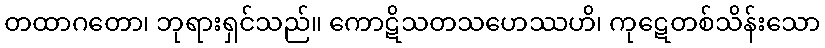
တထာဂတော၊ ဘုရားရှင်သည်။ ကောဋိသတသဟေဿဟိ၊ ကုဋေတစ်သိန်းသော